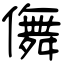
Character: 儛